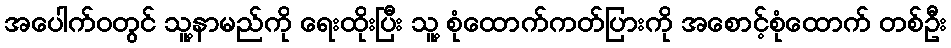
အပေါက်ဝတွင် သူ့နာမည်ကို ရေးထိုးပြီး သူ့ စုံထောက်ကတ်ပြားကို အစောင့်စုံထောက် တစ်ဦး